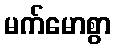
မက်မောစွာ